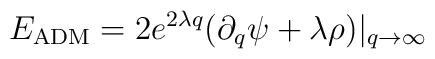
E_{\rm ADM} = 2 e^{2 \lambda q} (\partial_q  \psi + \lambda \rho )|_{q \to\infty}